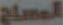
المساج